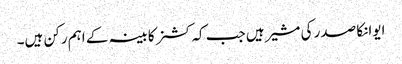
ایوانکا صدر کی مشیر ہیں جب کہ کشنر کابینہ کے اہم رکن ہیں۔